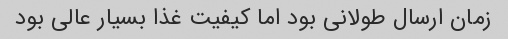
زمان ارسال طولانی بود اما کیفیت غذا بسیار عالی بود